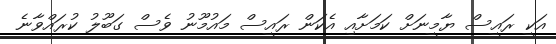
އަކީ ރައީސް ޔާމީނަށް ކަމަށާއި އެކަން ރައީސް މައުމޫނު ވެސް ގަބޫލު ކުރައްވާނެ